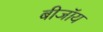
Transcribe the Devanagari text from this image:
बीजॉय